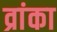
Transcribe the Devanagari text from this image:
व्रांका